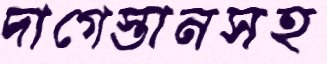
দাগেস্তানসহ